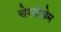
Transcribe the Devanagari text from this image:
चेरनोज़ेम